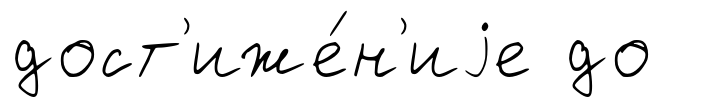
дост'иже́н'иjе до